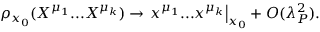
\rho _ { x _ { 0 } } ( X ^ { \mu _ { 1 } } . . . X ^ { \mu _ { k } } ) \rightarrow \left. x ^ { \mu _ { 1 } } . . . x ^ { \mu _ { k } } \right| _ { x _ { 0 } } + { \cal O } ( \lambda _ { P } ^ { 2 } ) .